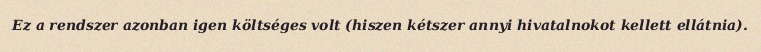
Ez a rendszer azonban igen költséges volt (hiszen kétszer annyi hivatalnokot kellett ellátnia).